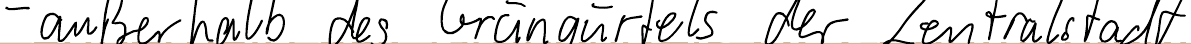
- außerhalb des Grüngürtels der Zentralstadt